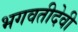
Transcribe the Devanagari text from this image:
भगवतीदेवी